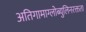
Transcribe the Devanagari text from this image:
अतिगामाग्लोब्युलिनरक्तता